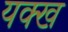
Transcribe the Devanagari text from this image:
यक्ख